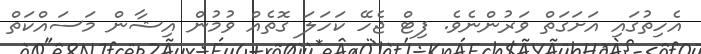
އެހިތުގައި އަށަގަތް ވަރުންނެވެ. ފިޓް ޖެހޭ ކަހަލަ ގޮތެއް ވުމުން އިޝާން މަސައްކަތް